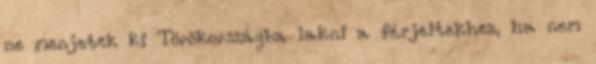
ne menjetek ki Törökországba lakni a férjeitekhez, ha nem